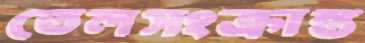
তেলসংক্রান্ত